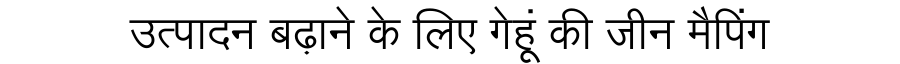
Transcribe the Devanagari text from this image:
उत्पादन बढ़ाने के लिए गेहूं की जीन मैपिंग